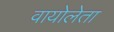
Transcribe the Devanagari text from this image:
वायोलेता